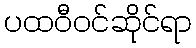
ပထဝီဝင်ဆိုင်ရာ